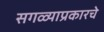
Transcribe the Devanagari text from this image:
सगळ्याप्रकारचे